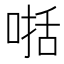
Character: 𠸓